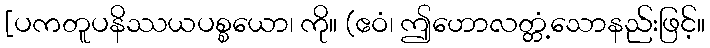
[ပကတူပနိဿယပစ္စယော၊ ကို။ (ဧဝံ၊ ဤဟောလတ္တံ့သောနည်းဖြင့်။